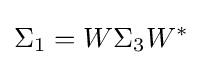
\Sigma _{1}=W\Sigma _{3}W^{*}~